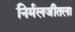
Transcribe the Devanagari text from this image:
निर्मलजीतला